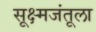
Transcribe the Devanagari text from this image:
सूक्ष्मजंतूला